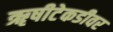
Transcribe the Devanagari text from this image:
ॠषीटेकडीवर